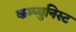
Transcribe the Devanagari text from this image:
कम्प्युनिस्ट